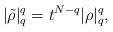
LaTeX: \begin{align*}|\tilde\rho|^q_q=t^{N-q}|\rho|_q^q,\end{align*}